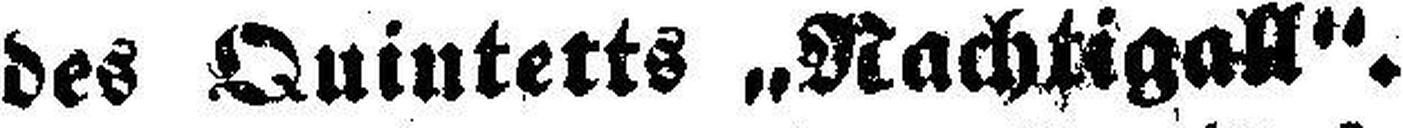
des Quintetts „Nachtigall“.